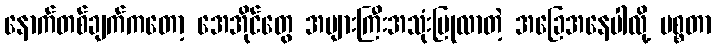
နောက်တစ်ချက်ကတော့ အေအိုင်တွေ အများကြီးအသုံးပြုလာတဲ့ အခြေအနေပါလို့ မစ္စတာ